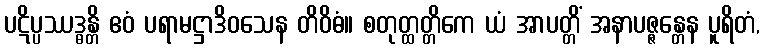
ပဋိပ္ပဿဒ္ဓန္တိ ဧဝံ ပရာမဋ္ဌာဒိဝသေန တိဝိဓံ။ စတုတ္ထတ္တိကေ ယံ အာပတ္တိံ အနာပဇ္ဇန္တေန ပူရိတံ,